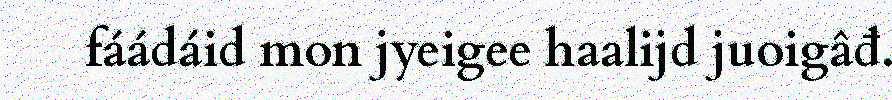
fáádáid mon jyeigee haalijd juoigâđ.